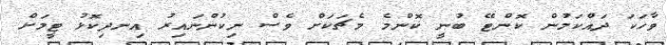
ވާހަކަ ދައްކަމުން ކޮންޓޭ ބުނީ ކޮންމެ މެޗަކަށް ވެސް ނިކުންނައިރު އިނދިކޮޅު ޓީމަށް